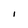
Character: I